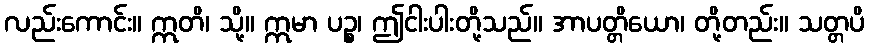
လည်းကောင်း။ ဣတိ၊ သို့။ ဣမာ ပဉ္စ၊ ဤငါးပါးတို့သည်။ အာပတ္တိယော၊ တို့တည်း။ သတ္တပိ